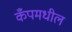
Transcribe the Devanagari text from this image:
कँपमधील